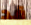
قد